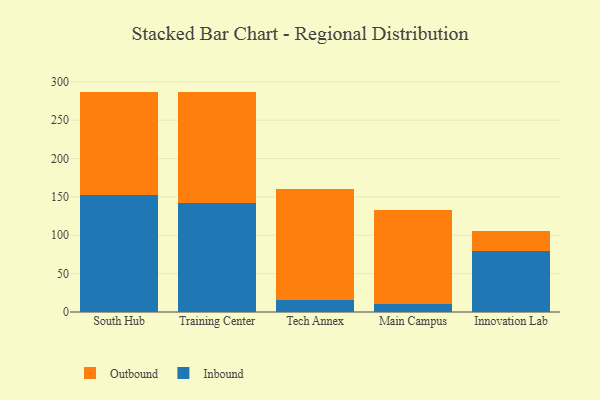
{"axis": {"x": "Campus", "y": "Budget (USD K)"}, "legend": ["Inbound", "Outbound"], "data": [{"x": "South Hub", "y": 152.7, "type": "Inbound"}, {"x": "South Hub", "y": 134.1, "type": "Outbound"}, {"x": "Training Center", "y": 141.5, "type": "Inbound"}, {"x": "Training Center", "y": 145.8, "type": "Outbound"}, {"x": "Tech Annex", "y": 15.4, "type": "Inbound"}, {"x": "Tech Annex", "y": 144.9, "type": "Outbound"}, {"x": "Main Campus", "y": 10.7, "type": "Inbound"}, {"x": "Main Campus", "y": 122.5, "type": "Outbound"}, {"x": "Innovation Lab", "y": 79.8, "type": "Inbound"}, {"x": "Innovation Lab", "y": 25.4, "type": "Outbound"}]}